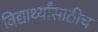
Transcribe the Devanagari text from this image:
विद्यार्थ्यांसाठीच